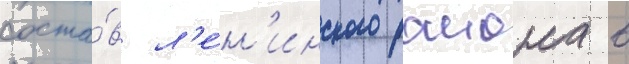
соста́в л'е́н'инского раиона в